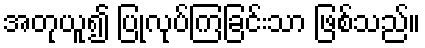
အတုယူ၍ ပြုလုပ်ကြခြင်းသာ ဖြစ်သည်။